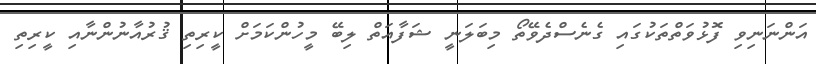
އަންނަނިވި ފޮޅުވަތްތަކުގައި ގެނެސްދެވޭތޯ މިބަލަނީ ޝަފާއަތް ލިބޭ މީހުންކަމަށް ކީރިތި ޤުރުއާނުންނާއި ކީރިތި